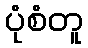
ပုံစံတူ